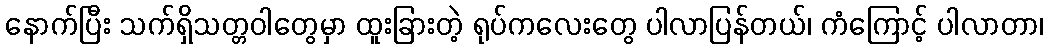
နောက်ပြီး သက်ရှိသတ္တဝါတွေမှာ ထူးခြားတဲ့ ရုပ်ကလေးတွေ ပါလာပြန်တယ်၊ ကံကြောင့် ပါလာတာ၊